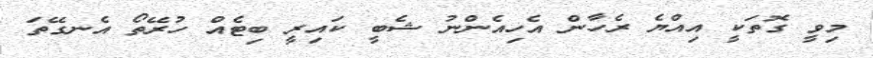
މިވީ ގޮތަކީ އިއްޔެ ރެހާން އެހިއެންނު ޝެބީ ކައިރީ ބިޓެއް ހުރޭތޯ އެނގޭތަ